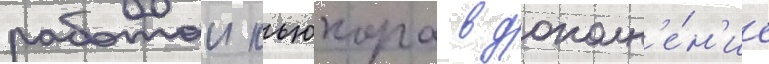
работои кьюкора в дополн'е́н'ие